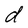
Character: d